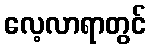
လေ့လာရာတွင်